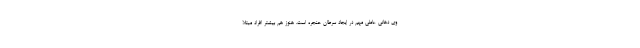
وی دهانی عاملی مهم در ایجاد سرطان حنجره است. هنوز هم بیشتر افراد مبتلا